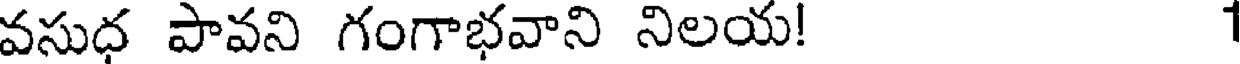
వసుధ పావని గంగాభవాని నిలయ! 1